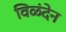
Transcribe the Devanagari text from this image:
विळंदेन